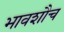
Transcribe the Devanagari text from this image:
भावशौच